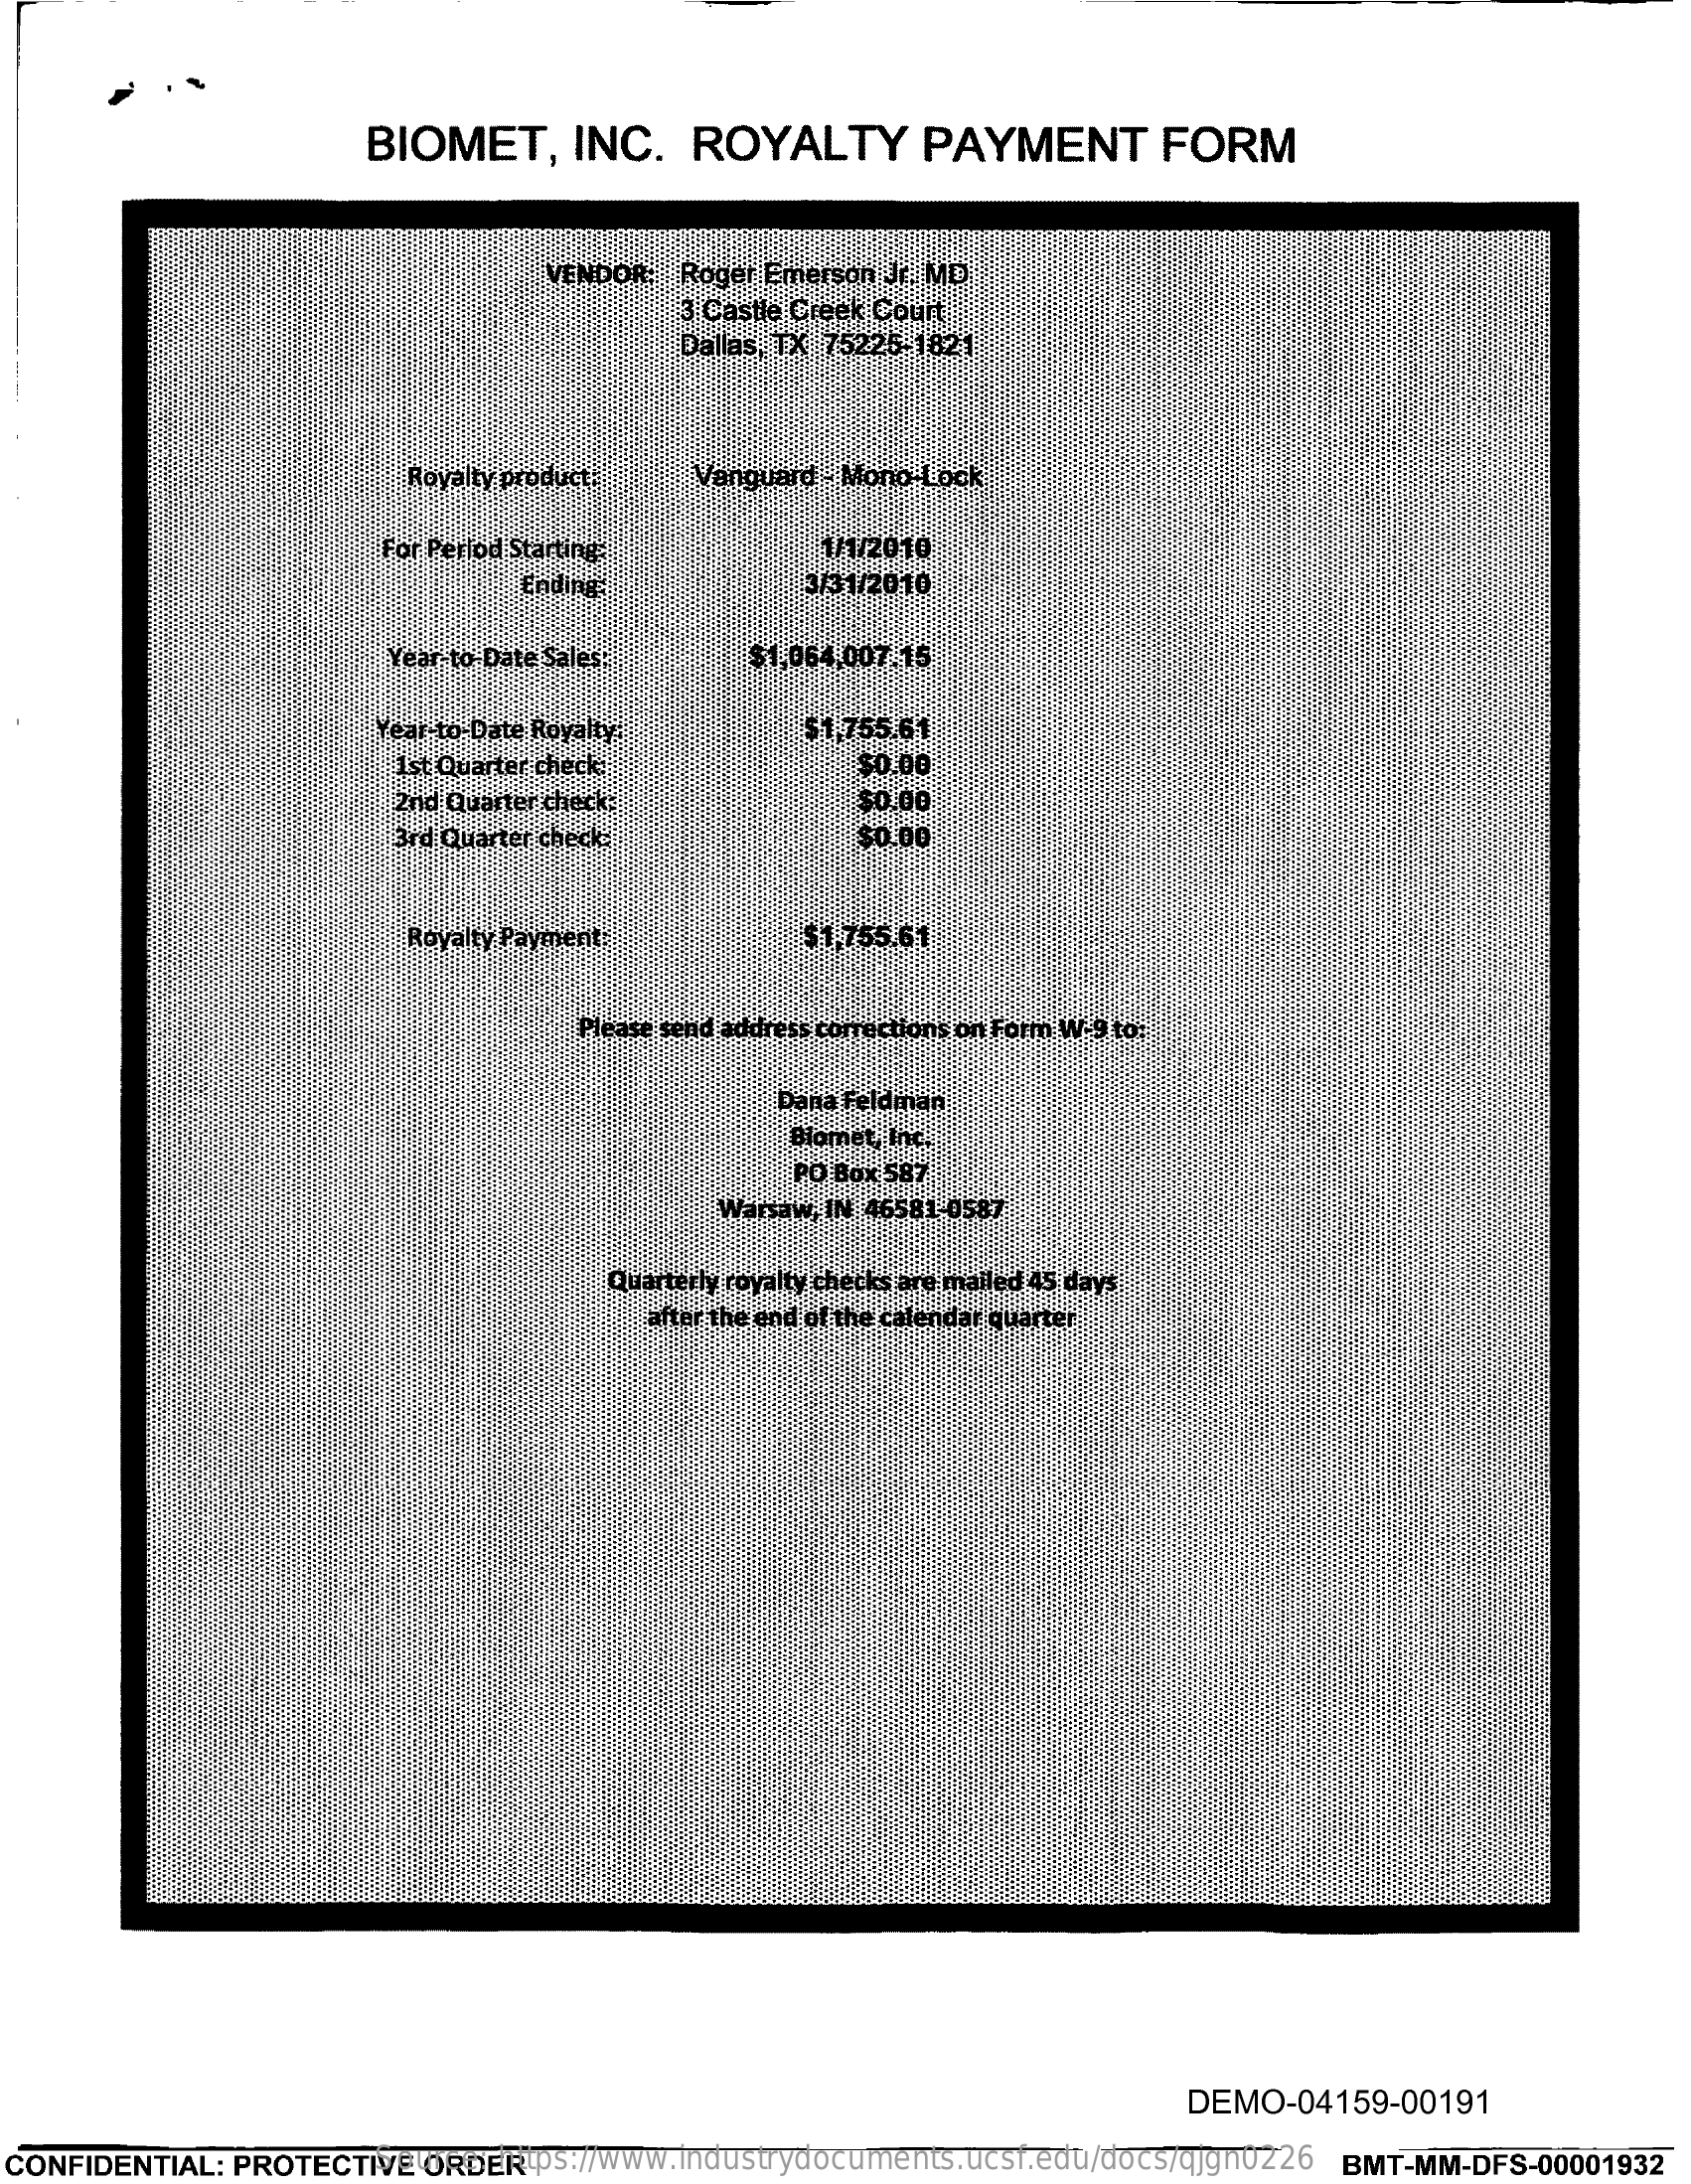
BIOMET,    INC.    ROYALTY    PAYMENT    FORM
     VENDOR:  Roger Emerson Jr. MD
     3 Castle Creek Court
     Dallas, TX 75225-1821
     Royalty product:   Vanguard - Mono-Lock
     For Period Starting    1/1/2010
     Ending    3/31/2010
     Year to Date Sales-    $1,064.007.15
     Year- to-Date Royalty    $1,755.61
     Ist Quarter check    $0.00
     Znd Quarter check:    $0.00
     3rd Quarter check-    $0.00
     Rovalsy Payment    $1.755.61
     Please send address corrections on Form W-9 to:
     Dana Feldman
     Biomet, Inc.
     PO Box 587
     Warsaw, IN 46581-0587
     Quarterly royalty checks are mailed 45 days
     after the end of the calendar quarter
     DEMO-04159-00191
  CONFIDENTIAL: PROTECTIVE ORDER Source: https://www.industrydocuments.ucsf.edu/docs/qjgn0226 BMT-MM-DFS-00001932